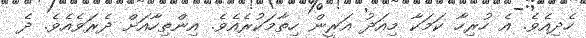
ހެދިއެވެ. އެ ހުރިހާ ކަމަކާ މިއަދު އަރީން ހިތާމަކުރެއެވެ. އިންތިހާއަށް ދެރަވެއެވެ. ދެ